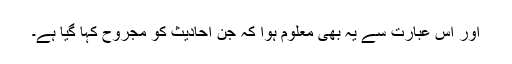
اور اس عبارت سے یہ بھی معلوم ہوا کہ جن احادیث کو مجروح کہا گیا ہے۔